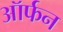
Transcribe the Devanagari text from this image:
ऑर्फन